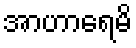
အာဟာရေမိ